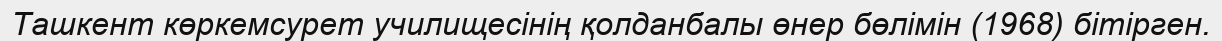
Ташкент көркемсурет училищесінің қолданбалы өнер бөлімін (1968) бітірген.